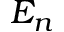
E _ { n }